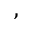
^ ,